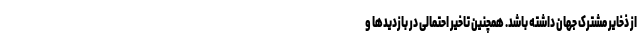
از ذخایر مشترک جهان داشته باشد. همچنین تاخیر احتمالی در بازدیدها و